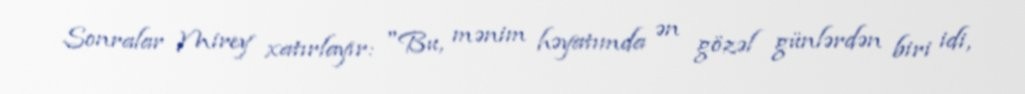
Sonralar Mirey xatırlayır: "Bu, mənim həyatımda ən gözəl günlərdən biri idi,